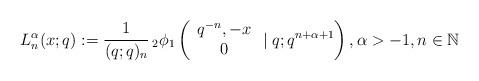
LaTeX: \begin{align*} L_n^{\alpha}(x;q):= \frac{1}{(q;q)_n}\,_2\phi_1\left( \begin{array}{cccc} q^{-n} ,-x \\ 0 \end{array}\mid q;q^{n+\alpha+1}\right), \alpha > -1, n \in \mathbb{N}\end{align*}